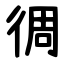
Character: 徟